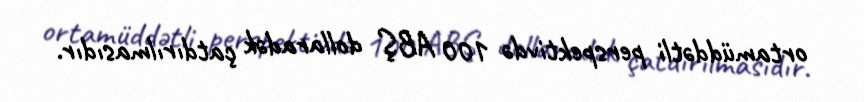
ortamüddətli perspektivdə 100 ABŞ dollaradək çatdırılmasıdır.